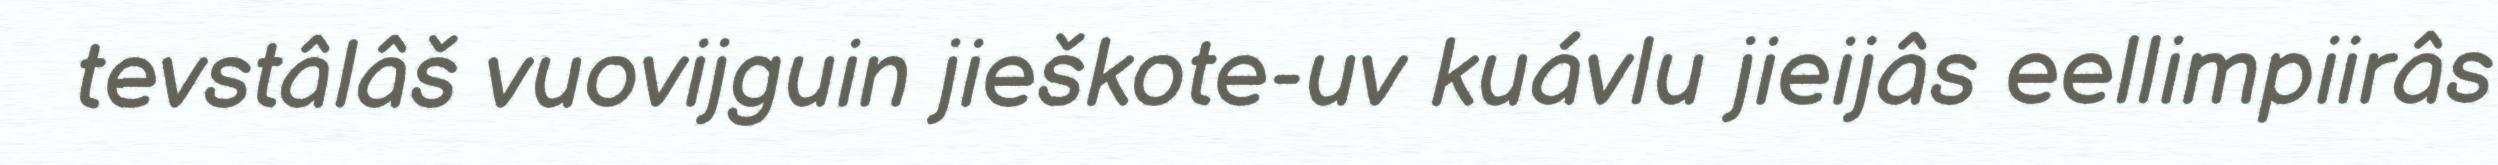
tevstâlâš vuovijguin jieškote-uv kuávlu jieijâs eellimpiirâs